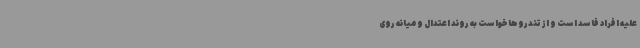
علیه افراد فاسد است و از تندروها خواست به روند اعتدال و میانه روی